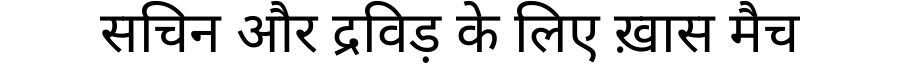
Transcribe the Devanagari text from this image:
सचिन और द्रविड़ के लिए ख़ास मैच